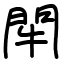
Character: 𨳯